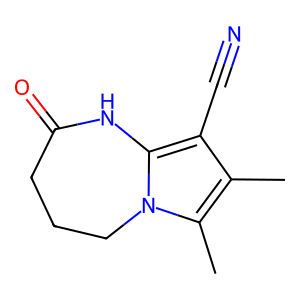
SMILES: Cc1c(C#N)c2n(c1C)CCCC(=O)N2
Inhibits HIV replication: No